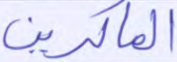
الماكرين